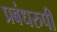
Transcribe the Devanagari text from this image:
प्रबंधरुपी